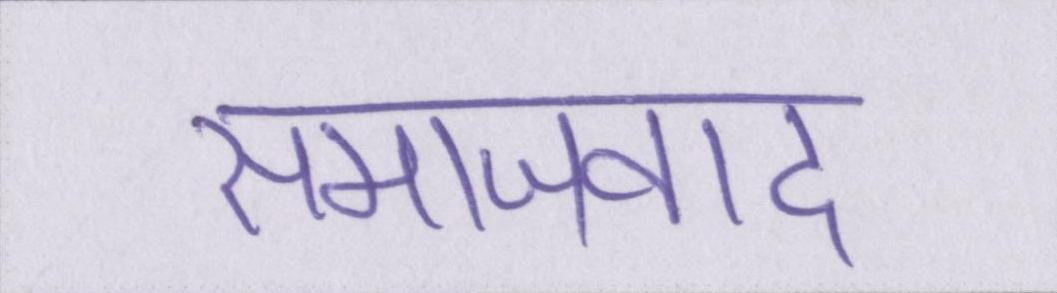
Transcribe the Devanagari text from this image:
समाजवाद